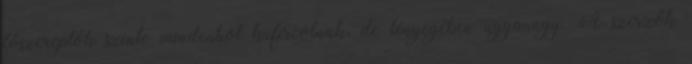
főszereplők szinte mindenhol kufircolnak, de lényegében ugyanúgy. A szerzők